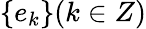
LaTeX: \{ e_{k}\} (k\in Z)